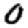
Digit: 0